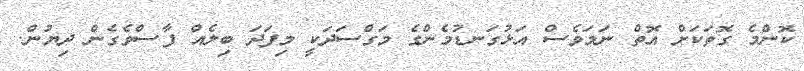
ކޮންމެ ގޮތަކަށް އޮތް ނަމަވެސް އަޅުގަނޑުމެންގެ މަގްސަދަކީ މިފަދަ ބިލެއް ފާސްވެގެން ދިޔުން.